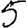
Digit: 5